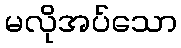
မလိုအပ်သော